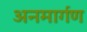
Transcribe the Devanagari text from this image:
अनमार्गण